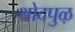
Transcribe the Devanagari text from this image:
थोदपुऴ